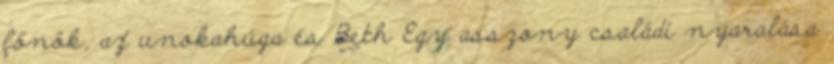
főnök, az unokahúga és Beth Egy asszony családi nyaralása